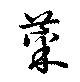
菜